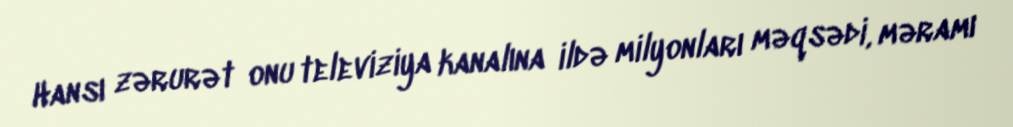
Hansı zərurət onu televiziya kanalına ildə milyonları məqsədi, məramı